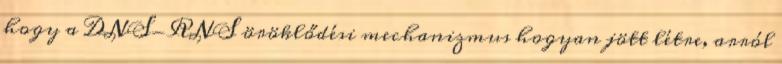
hogy a DNS-RNS öröklődési mechanizmus hogyan jött létre, arról